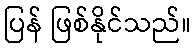
ပြန် ဖြစ်နိုင်သည်။